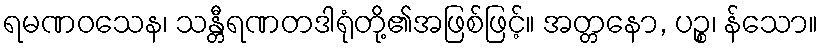
ရမဏဝသေန၊ သန္တီရဏတဒါရုံတို့၏အဖြစ်ဖြင့်။ အတ္တနော, ပဉ္စ၊ န်သော။